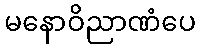
မနောဝိညာဏံပေ